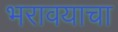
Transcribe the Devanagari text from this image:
भरावयाचा